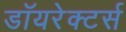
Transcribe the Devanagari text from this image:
डॉयरेक्टर्स